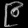
Digit: ၉